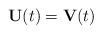
LaTeX: \begin{align*} \mathbf U(t)=\mathbf V(t) \end{align*}